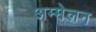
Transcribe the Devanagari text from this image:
अम्मेलन